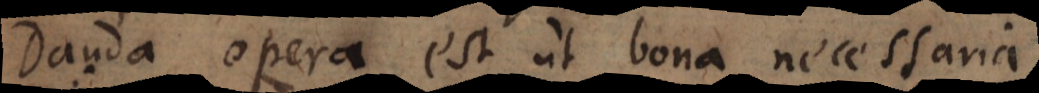
Danda opera est ut bona necessaria